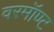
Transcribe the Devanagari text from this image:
वरमॉण्ट